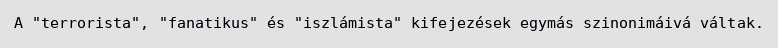
A "terrorista", "fanatikus" és "iszlámista" kifejezések egymás szinonimáivá váltak.